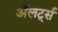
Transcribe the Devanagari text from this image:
अॅलर्ट्स